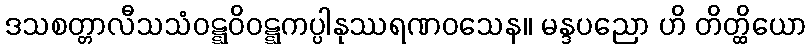
ဒသစတ္တာလီသသံဝဋ္ဋဝိဝဋ္ဋကပ္ပါနုဿရဏဝသေန။ မန္ဒပညော ဟိ တိတ္ထိယော